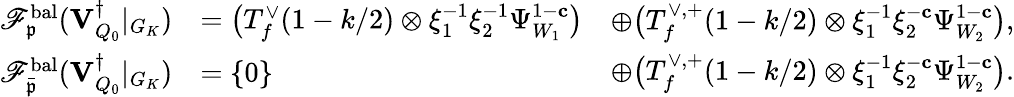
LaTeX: \begin{array}{rl}{\mathscr{F}_{\mathfrak{p}}^{\mathrm{bal}}({\mathbf{V}_{Q_{0}}^{\dagger}}\vert_{G_{K}})}&{=\bigl(T_{f}^{\vee}(1-k/2)\otimes\xi_{1}^{-1}\xi_{2}^{-1}\Psi_{W_{1}}^{1-\mathbf{c}}\bigr)}\\ {\mathscr{F}_{\bar{\mathfrak{p}}}^{\mathrm{bal}}({\mathbf{V}_{Q_{0}}^{\dagger}}\vert_{G_{K}})}&{=\{ 0\} }\end{array}\begin{array}{rl}&{\oplus\bigl(T_{f}^{\vee,+}(1-k/2)\otimes\xi_{1}^{-1}\xi_{2}^{-\mathbf{c}}\Psi_{W_{2}}^{1-\mathbf{c}}\bigr),}\\ &{\oplus\bigl(T_{f}^{\vee,+}(1-k/2)\otimes\xi_{1}^{-1}\xi_{2}^{-\mathbf{c}}\Psi_{W_{2}}^{1-\mathbf{c}}\bigr).}\end{array}